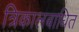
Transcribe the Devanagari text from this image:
त्रिकालबाधित